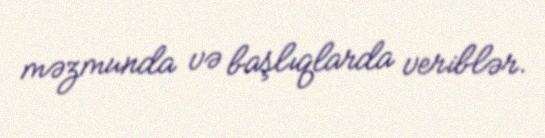
məzmunda və başlıqlarda veriblər.